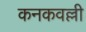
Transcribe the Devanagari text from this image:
कनकवल्ली